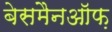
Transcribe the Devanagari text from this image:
बेसमैनऑफ़